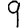
Digit: 9